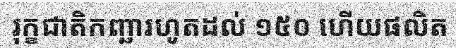
រុក្ខជាតិកញ្ឆារហូតដល់ ១៥០ ហើយផលិត